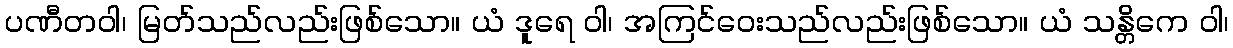
ပဏီတဝါ၊ မြတ်သည်လည်းဖြစ်သော။ ယံ ဒူရေ ဝါ၊ အကြင်ဝေးသည်လည်းဖြစ်သော။ ယံ သန္တိကေ ဝါ၊